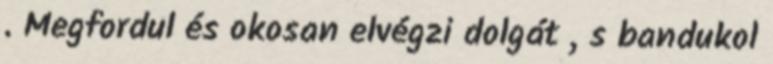
. Megfordul és okosan elvégzi dolgát , s bandukol